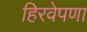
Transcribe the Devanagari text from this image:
हिरवेपणा